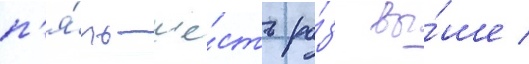
п'я́ть-ше́сть ра́з вы́ше /